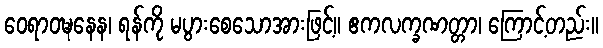
ဝေရာဝဍ္ဎနေန၊ ရန်ကို မပွားစေသောအားဖြင့်။ ဧကလက္ခဏတ္တာ၊ ကြောင့်တည်း။